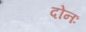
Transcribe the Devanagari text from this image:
दोनः